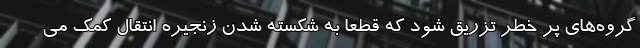
گروه‌های پر خطر تزریق شود که قطعا به شکسته شدن زنجیره انتقال کمک می